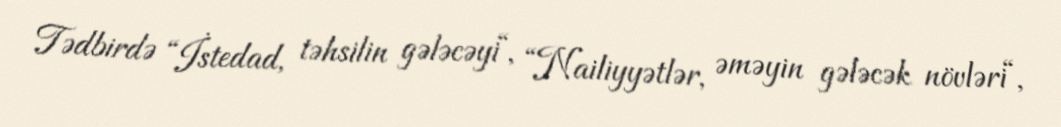
Tədbirdə “İstedad, təhsilin gələcəyi“, “Nailiyyətlər, əməyin gələcək növləri“,